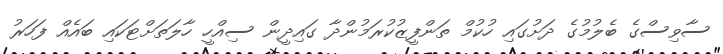
ސާވިސްގެ ބެލުމުގެ ދަށުގައި ހުކުމް ތަންފީޒުކުރަމުންދާ ގައިދީން ސިއްހީ ހާލަތަށްޓަކައި ބައެއް ފަހަރު